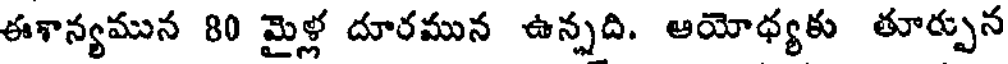
ఈశాన్యమున 80 మైళ్ల దూరమున ఉన్నది. ఆయోధ్యకు తూర్పున